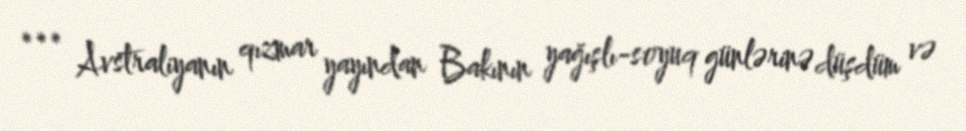
*** Avstraliyanın qızmar yayından Bakının yağışlı-soyuq günlərinə düşdüm və